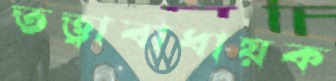
তত্ত্বাবাধায়ক